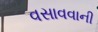
વસાવવાની